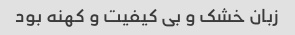
زبان خشک و بی کیفیت و کهنه بود